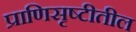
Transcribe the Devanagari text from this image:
प्राणिसृष्टीतील